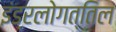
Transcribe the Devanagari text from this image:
इंड्रलोगत्तिल